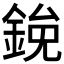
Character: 𫒯